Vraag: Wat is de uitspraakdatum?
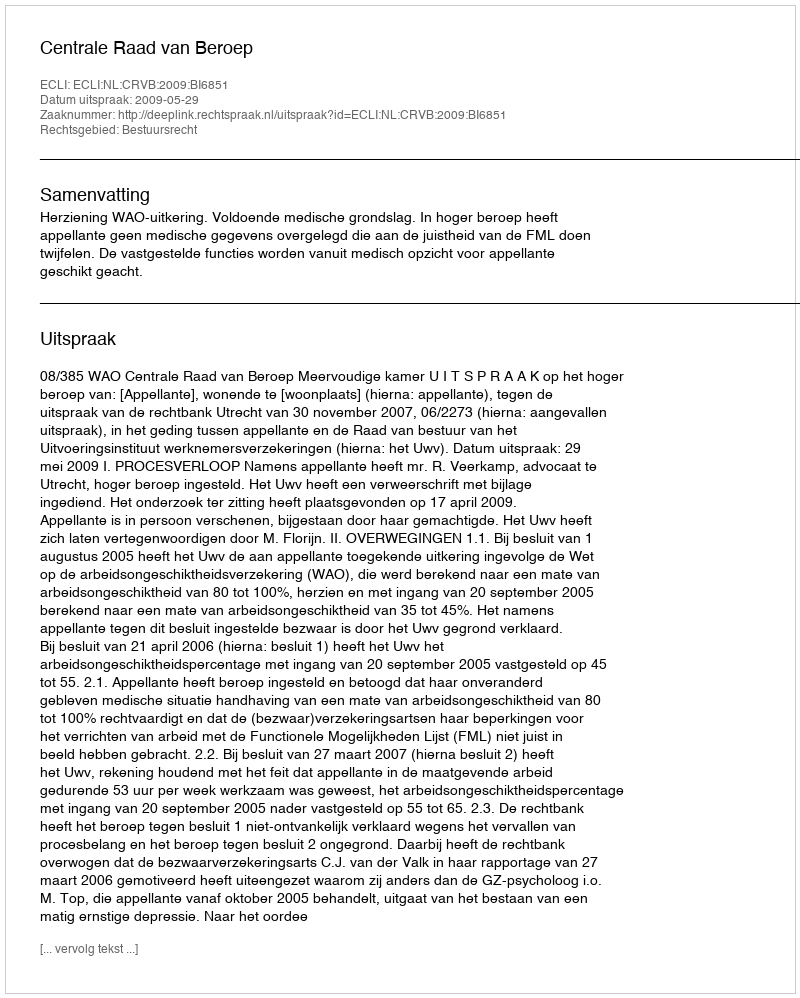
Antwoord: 2009-05-29